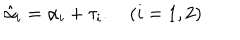
\hat { \alpha } _ { i } = \alpha _ { i } + \tau _ { i } . \quad ( i = 1 , 2 )